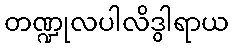
တဏ္ဍုလပါလိဒွါရာယ